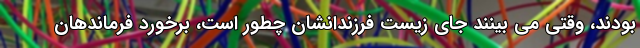
بودند، وقتی می بینند جای زیست فرزندانشان چطور است، برخورد فرماندهان